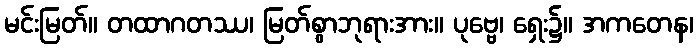
မင်းမြတ်။ တထာဂတဿ၊ မြတ်စွာဘုရားအား။ ပုဗ္ဗေ၊ ရှေး၌။ အကတေန၊